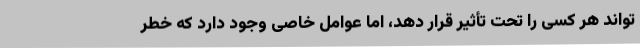
تواند هر کسی را تحت تأثیر قرار دهد، اما عوامل خاصی وجود دارد که خطر